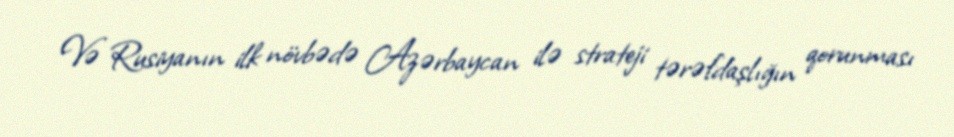
Və Rusiyanın ilk növbədə Azərbaycan ilə strateji tərəfdaşlığın qorunması